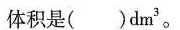
体积是( )dm^{3}。